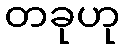
တခုဟု